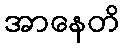
အာနေတိ